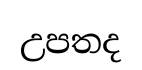
උපතද